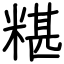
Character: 糂